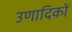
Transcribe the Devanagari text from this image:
उणादिकों